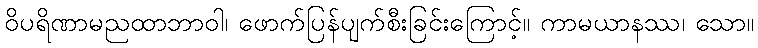
ဝိပရိဏာမညထာဘာဝါ၊ ဖောက်ပြန်ပျက်စီးခြင်းကြောင့်။ ကာမယာနဿ၊ သော။